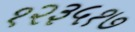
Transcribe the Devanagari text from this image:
१२३५१७